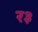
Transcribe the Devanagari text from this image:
र३